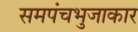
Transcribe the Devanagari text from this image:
समपंचभुजाकार